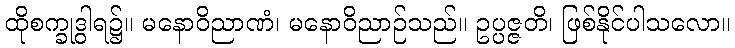
ထိုစက္ခုဒွါရ၌။ မနောဝိညာဏံ၊ မနောဝိညာဉ်သည်။ ဥပ္ပဇ္ဇတိ၊ ဖြစ်နိုင်ပါသလော။